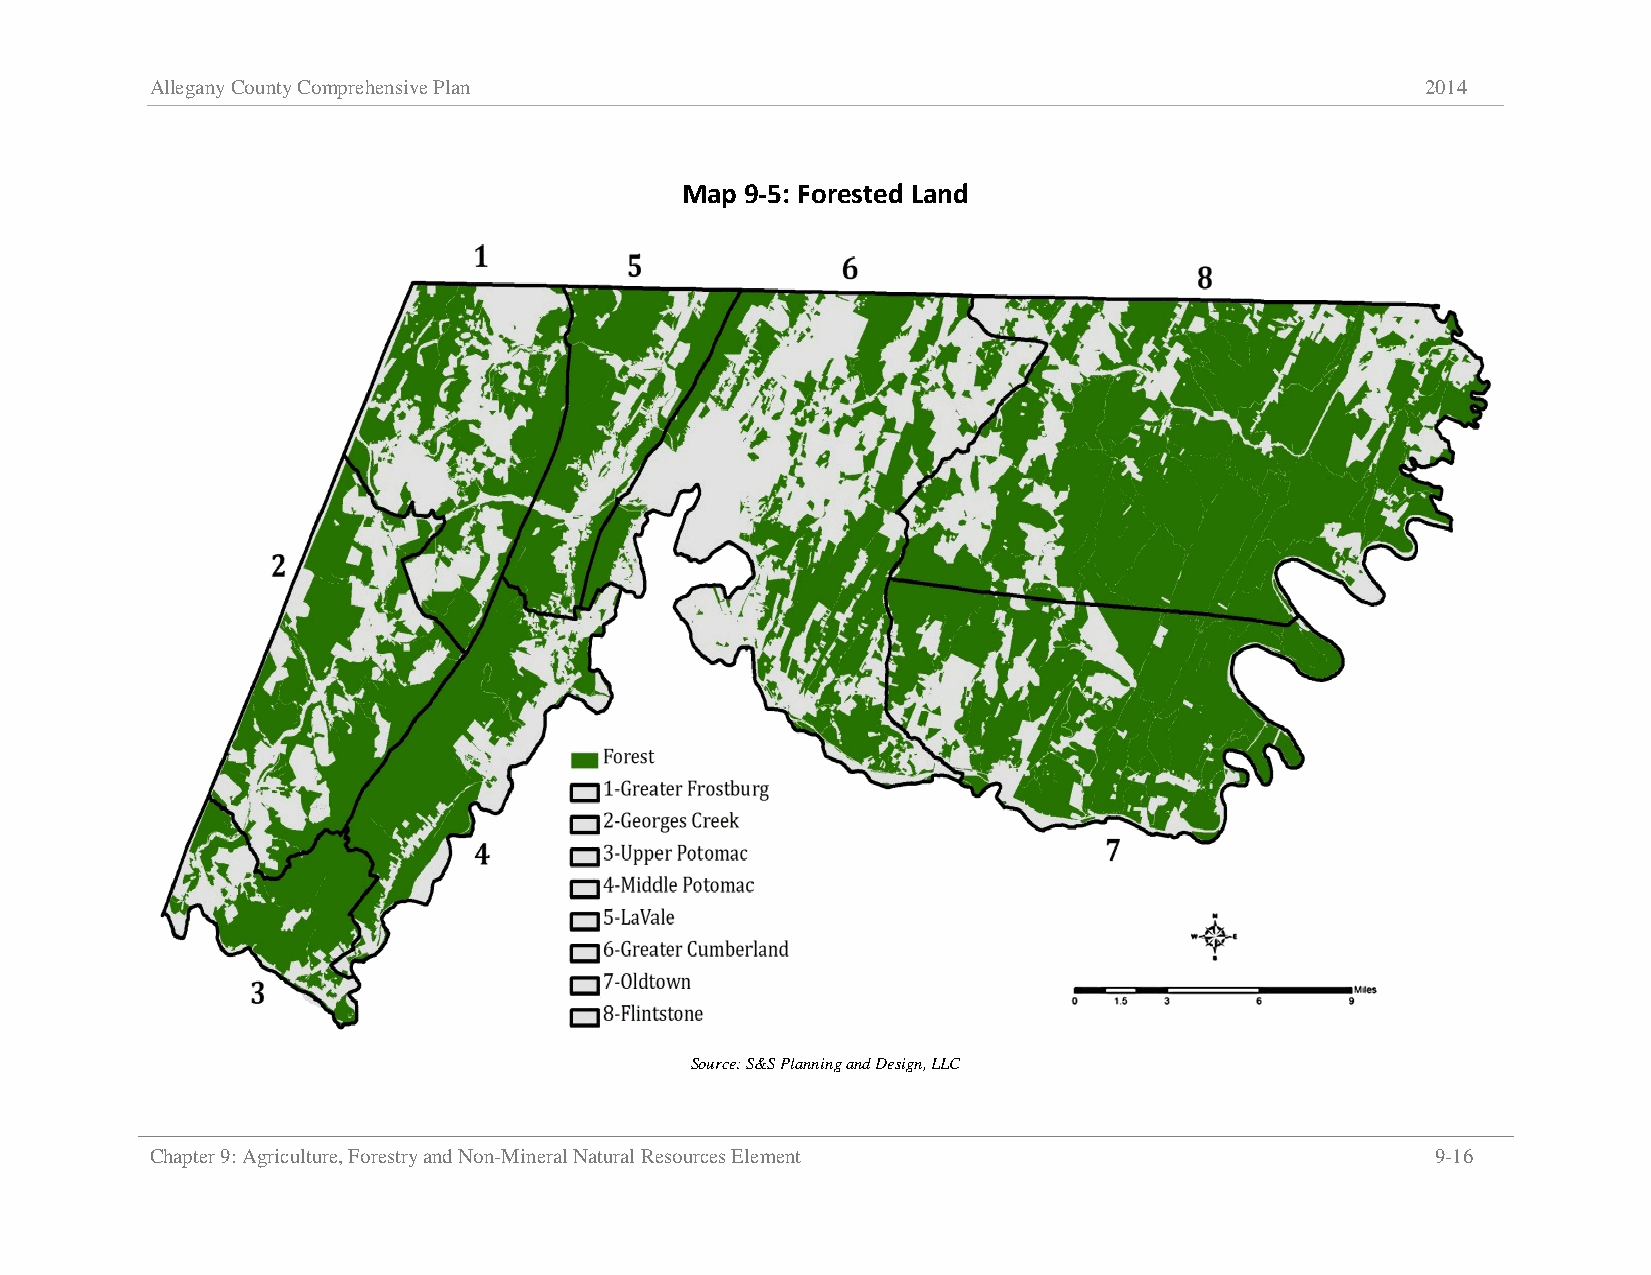
Allegany County Comprehensive Plan                                                  2014
 Map 9-5: Forested Land
 Source: S&S Planning and Design, LLC
 Chapter 9: Agriculture, Forestry and Non-Mineral Natural Resources Element           9-16